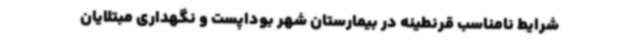
شرایط‌ نامناسب قرنطینه در بیمارستان شهر بوداپست و نگهداری مبتلایان